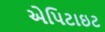
એપિટાઇટ